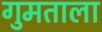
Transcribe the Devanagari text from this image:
गुमताला